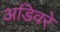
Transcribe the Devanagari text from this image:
अडिवरे